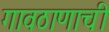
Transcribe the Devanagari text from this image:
गावठाणाची